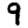
Digit: 9